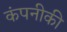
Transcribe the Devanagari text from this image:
कंपनीकी